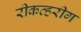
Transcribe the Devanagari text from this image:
रीकव्हरीग